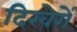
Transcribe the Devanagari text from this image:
दिखेगें